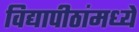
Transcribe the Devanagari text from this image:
विद्यापीठांमध्‍ये